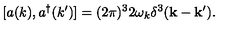
[ a ( k ) , a ^ { \dagger } ( k ^ { \prime } ) ] = ( 2 \pi ) ^ { 3 } 2 \omega _ { k } \delta ^ { 3 } ( { \bf k } - { \bf k } ^ { \prime } ) .